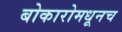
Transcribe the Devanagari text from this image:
बोकारोमधूनच